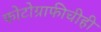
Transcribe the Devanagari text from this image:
फोटोग्राफीचीही